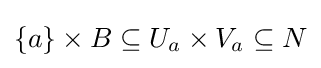
\{a\}\times B\subseteq U_{a}\times V_{a}\subseteq N